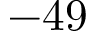
- 4 9